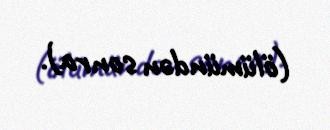
(ölümündən sonra).